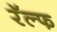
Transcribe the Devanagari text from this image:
रॅल्फ